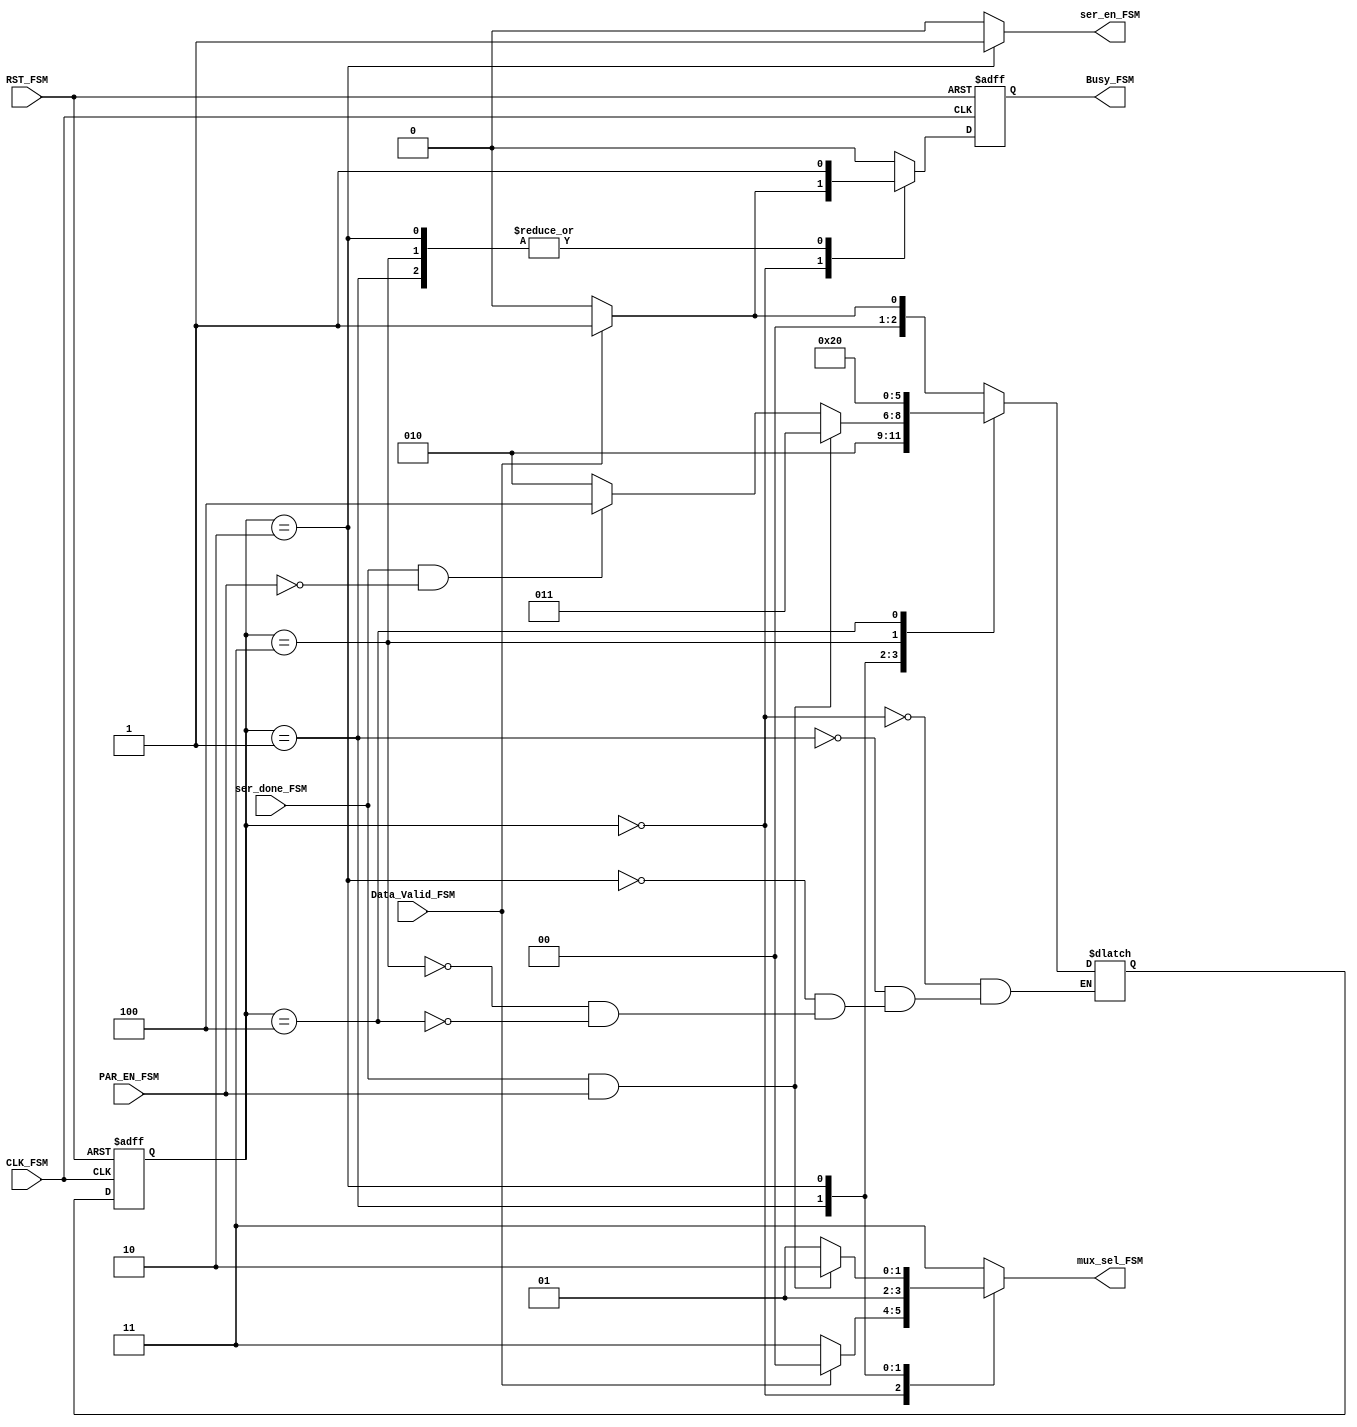

module fsm_uart_tx #(parameter DATA_SIZE=8)( 
    input   wire                     CLK_FSM,
	  input   wire                     RST_FSM,
	  input   wire                     Data_Valid_FSM,
    input   wire                     PAR_EN_FSM,
    input   wire                     ser_done_FSM,

    output  reg     [1:0]            mux_sel_FSM,
    output  reg                      ser_en_FSM,
	  output  reg                      Busy_FSM );

localparam  IDLE   =3'b000,
            START  =3'b001,
            DATA   =3'b010,
            PARITY =3'b011,
            STOP   =3'b100  ;

//fsm registers
reg  [2:0]  current_state,next_state;
reg         Busy_comb;

always @(posedge CLK_FSM or negedge RST_FSM )
 begin
if(!RST_FSM)
   begin
     current_state<=IDLE;
     Busy_FSM<='b0;
   end
 else 
  begin
    current_state<=next_state;
    Busy_FSM<=Busy_comb;
  end
end

always @(*)
  begin
      //initial values
             mux_sel_FSM ='b11;
             ser_en_FSM  ='b0;
             Busy_comb   ='b0;
          
    case(current_state)
  
    IDLE   :begin
             mux_sel_FSM ='b11;
             ser_en_FSM  ='b0;
             Busy_comb   ='b0;
           if (Data_Valid_FSM)
             begin
             Busy_comb   ='b1;
             next_state=START;
             mux_sel_FSM ='b00;
             end
           else
             begin
             Busy_comb   ='b0; 
             next_state=IDLE;
             end
            end     

    START :begin
             mux_sel_FSM ='b01;
             ser_en_FSM  ='b0;
             Busy_comb   ='b1;
             next_state  =DATA;             
     
          end

    DATA  :begin
             mux_sel_FSM ='b01;
             ser_en_FSM  ='b1;
             Busy_comb   ='b1;

           if(ser_done_FSM && PAR_EN_FSM)
           begin
             next_state =PARITY;
             mux_sel_FSM ='b10;
           end
           else if (ser_done_FSM && !PAR_EN_FSM)
           begin
             next_state =STOP;
             
           end

           else
              begin    
             next_state =DATA;
             
           end
         end

    PARITY:begin
             mux_sel_FSM ='b11;
             ser_en_FSM  ='b0;
             Busy_comb   ='b1;
             next_state  =STOP;
           end

    STOP  :begin
             mux_sel_FSM ='b11;
             ser_en_FSM  ='b0;
             Busy_comb   ='b0;
             next_state  =IDLE;
            end
    endcase
  end
endmodule